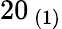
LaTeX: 20_{\ (1)}